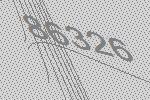
86326